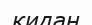
кидан